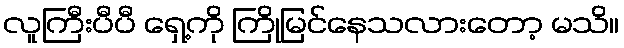
လူကြီးပီပီ ရှေ့ကို ကြိုမြင်နေသလားတော့ မသိ။